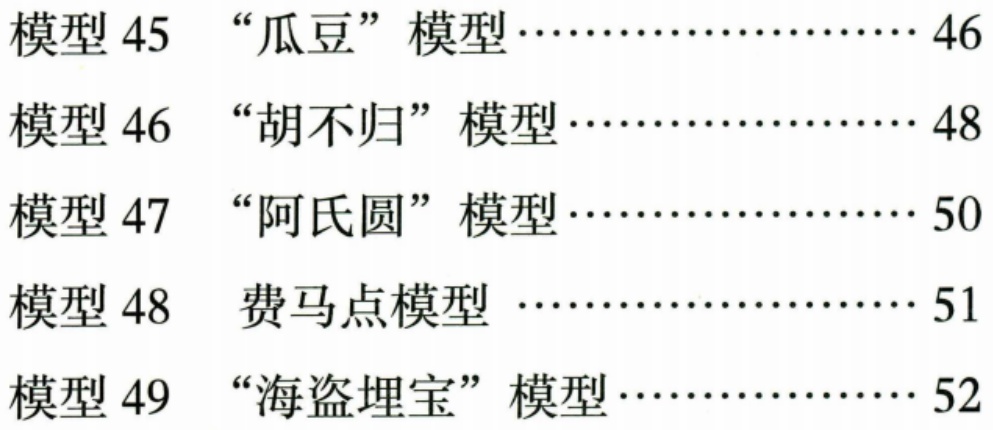
模型 45 “瓜豆” 模型………………… 46
模型 46 “胡不归” 模型………………… 48
模型 47 “阿氏圆” 模型………………… 50
模型 48 费马点模型 …………………… 51
模型 49 “海盗埋宝” 模型……………… 52